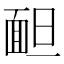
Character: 𩈍